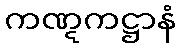
ကဏ္ဋကဋ္ဌာနံ